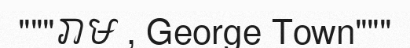
"""រាម , George Town"""